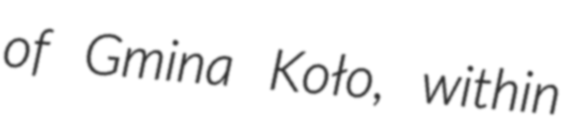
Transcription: of Gmina Koło, within